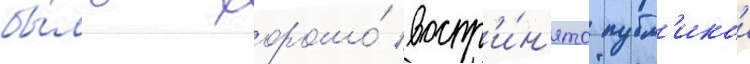
бы́ло хорошо́ воспр'и́н'ято публ'икои